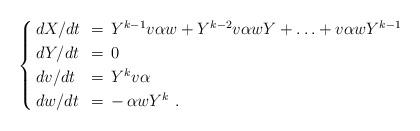
LaTeX: \begin{align*}\begin{cases}\,dX/dt &\!\!=\, Y^{k-1} v \alpha w + Y^{k-2} v \alpha w Y + \ldots + v \alpha w Y^{k-1}\\\,dY/dt &\!\!=\, 0\\\,dv/dt &\!\!=\, Y^k v \alpha\\\,dw/dt &\!\!=\, - \, \alpha w Y^k \ .\end{cases}\end{align*}